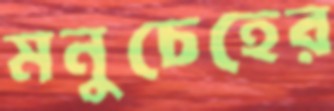
মনুচেহের